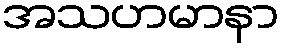
အသဟမာနာ